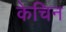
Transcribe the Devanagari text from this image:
केचिन